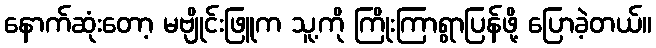
နောက်ဆုံးတော့ မဗျိုင်းဖြူက သူ့ကို ကြိုးကြာရွာပြန်ဖို့ ပြောခဲ့တယ်။